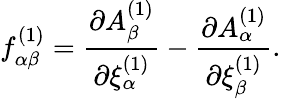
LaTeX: f_{\alpha\beta}^{(1)}={\frac{\partial A_{\beta}^{(1)}}{\partial\xi_{\alpha}^{(1)}}}-{\frac{\partial A_{\alpha}^{(1)}}{\partial\xi_{\beta}^{(1)}}}.